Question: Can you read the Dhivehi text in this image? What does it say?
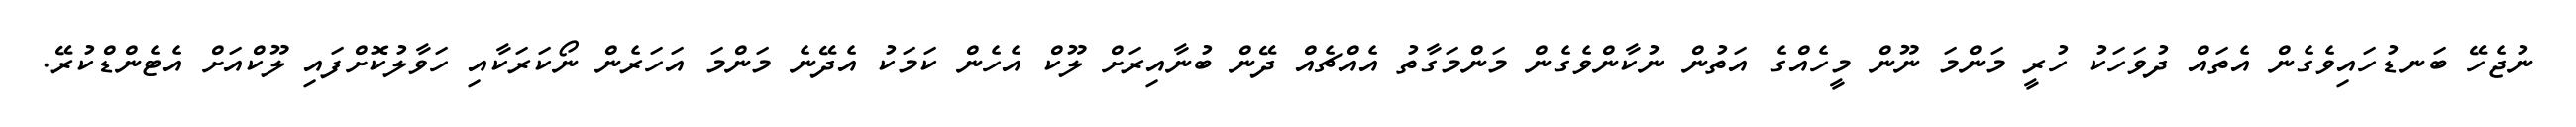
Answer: ނުޖެހޭ ބަނޑުހައިވެގެން އެތައް ދުވަހަކު ހުރީ މަންމަ ނޫން މީހެއްގެ އަތުން ނުކާންވެގެން މަންމަގާތު އެއްޗެއް ދޭން ބުނާއިރަށް ލޫކް އެހެން ކަމަކު އެދޭނެ މަންމަ އަހަރެން ނޯކަރަކާއި ހަވާލުކޮށްފައި ލޫކްއަށް އެޓެންޑްކުރޭ.